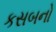
કસબનો